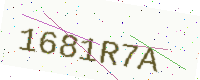
Text: 1681R7A